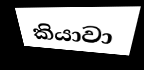
කියාවා